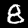
Digit: 8